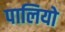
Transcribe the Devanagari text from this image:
पालियो